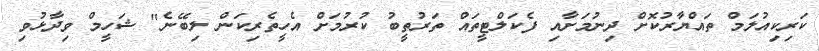
ކަރިކިއުލަމް ތައްޔާރުކޮށް ދިނުމަށާއި ފެކަލްޓީތައް ތަރުތީބު ކުރުމަށް އެހީތެރިކަން ލިބޭނެ" ޝަހީމް ވިދާޅުވި